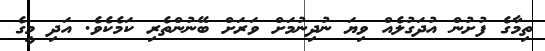
ތިމާގެ ފުށުން އުދަގުލެއް ވިޔަ ނުދިނުމަށް ވަރަށް ބޭނުންތެރި ކަމެކެވެ. އަދި މީގެ